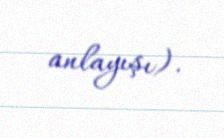
anlayışı).